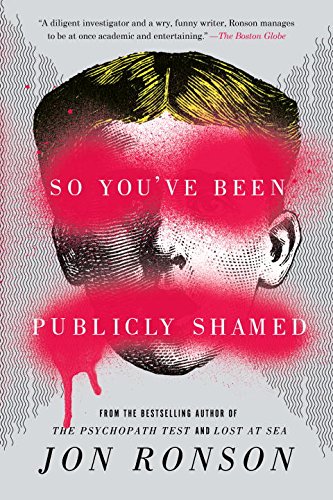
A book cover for So You've Been Publicly Shamed; Jon Ronson; Health, Fitness & Dieting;